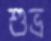
শুভ্র